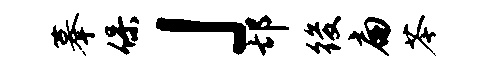
摹保」邙後扁苓